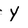
Character: Y